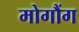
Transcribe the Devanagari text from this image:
मोगौंग